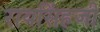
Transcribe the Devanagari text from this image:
रायसिंहजी